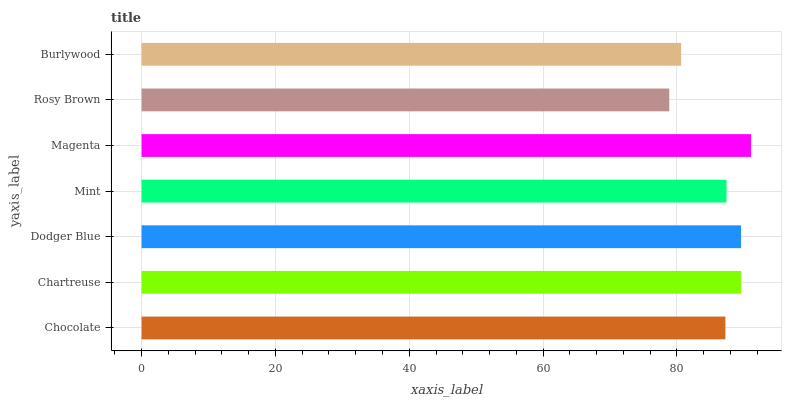
| yaxis_label | bars |
 | --- | --- |
 | Chocolate | 87.2 |
 | Chartreuse | 89.6 |
 | Dodger Blue | 89.6 |
 | Mint | 87.4 |
 | Magenta | 91.1 |
 | Rosy Brown | 78.9 |
 | Burlywood | 80.6 |